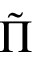
\tilde { \Pi }